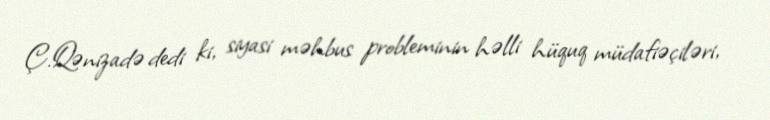
Ç.Qənizadə dedi ki, siyasi məhbus probleminin həlli hüquq müdafiəçiləri,